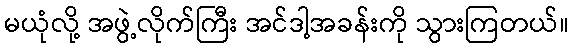
မယုံလို့ အဖွဲ့လိုက်ကြီး အင်ဒါ့အခန်းကို သွားကြတယ်။